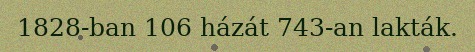
1828-ban 106 házát 743-an lakták.